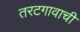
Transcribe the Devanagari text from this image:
तरटगावाची